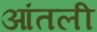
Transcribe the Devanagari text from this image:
आंतली